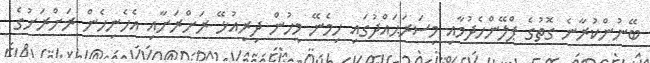
ބޭނުންކުރާނެ ގޮތުގެ ޕްލޭންހެދުމާއި މިސަރަޙައްދުގައި ހިމެނޭ މީހުން ދިރިއުޅޭ ރަށްރަށާއި އެހެނިހެން ރަށްރަށުގެ